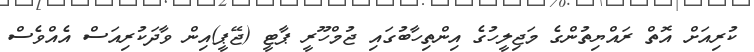
ކުރިއަށް އޮތް ރައްޔިތުންގެ މަޖިލީހުގެ އިންތިހާބުގައި ޖުމްހޫރީ ޕާޓީ (ޖޭޕީ)އިން ވާދަކުރިއަސް އެއްވެސް